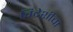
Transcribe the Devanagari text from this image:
विदेशीचा